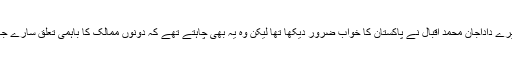
وليد نے کہا: ’میرے داداجان محمد اقبال نے پاکستان کا خواب ضرور دیکھا تھا لیکن وہ یہ بھی چاہتے تھے کہ دونوں ممالک کا باہمی تعلق سارے جہاں سے اچھا ہو۔